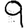
Digit: 9